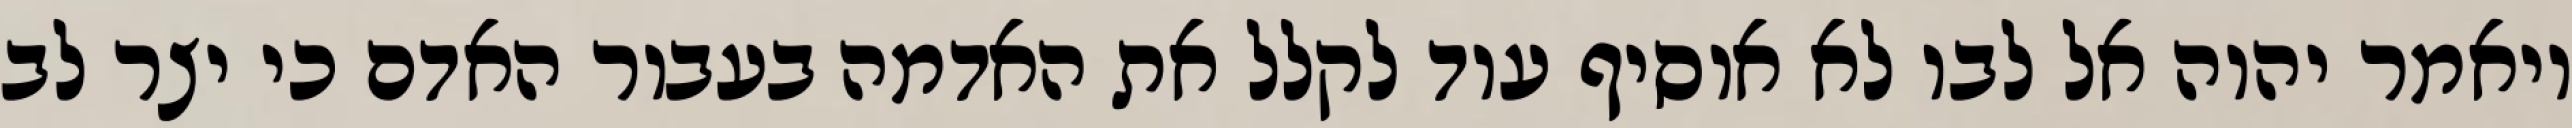
ויאמר יהוה אל לבו לא אוסיף עוד לקלל את האדמה בעבור האדם כי יצר לב